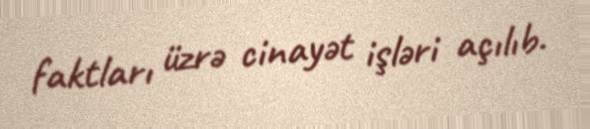
faktları üzrə cinayət işləri açılıb.